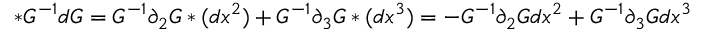
* G ^ { - 1 } d G = G ^ { - 1 } \partial _ { 2 } G * ( d x ^ { 2 } ) + G ^ { - 1 } \partial _ { 3 } G * ( d x ^ { 3 } ) = - G ^ { - 1 } \partial _ { 2 } G d x ^ { 2 } + G ^ { - 1 } \partial _ { 3 } G d x ^ { 3 }